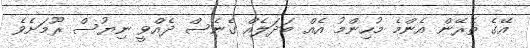
އޭގެ ތެރޭން އެންމެ މުހިންމު އެއް ބަދަލެއް ގެނެސް ދެއްވީ ނިޔުސް ރޫމަށެވެ